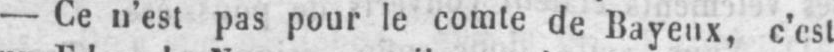
- Ce n’est pas pour le comte de Bayeux, c’est